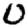
Digit: 0